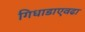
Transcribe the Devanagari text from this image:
गिधाडाएवढा